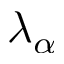
\lambda _ { \alpha }